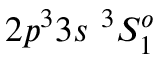
{ 2 p ^ { 3 } 3 s ~ ^ { 3 } S _ { 1 } ^ { o } }